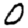
Digit: 0